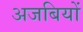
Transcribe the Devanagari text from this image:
अजबियों